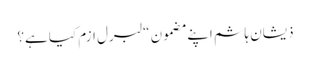
ذیشان ہاشم اپنے مضمون “لبرل ازم کیا ہے؟